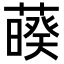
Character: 𦿡